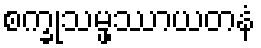
စက္ခုသမ္ဖဿာယတနံ